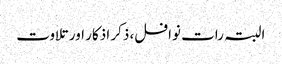
البتہ رات نوافل، ذکر اذکار اور تلاوت